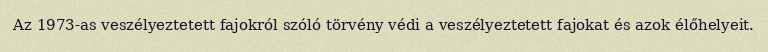
Az 1973-as veszélyeztetett fajokról szóló törvény védi a veszélyeztetett fajokat és azok élőhelyeit.